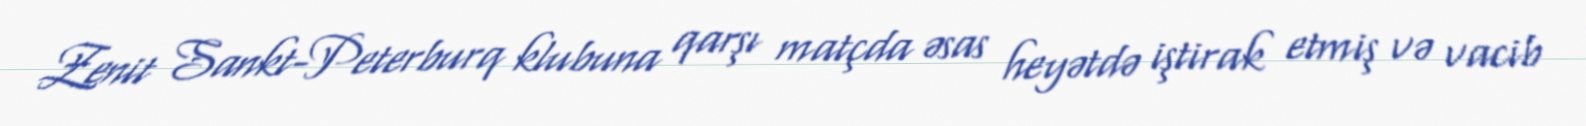
Zenit Sankt-Peterburq klubuna qarşı matçda əsas heyətdə iştirak etmiş və vacib